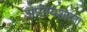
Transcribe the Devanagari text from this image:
आरोग्यशाला